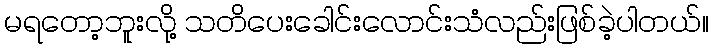
မရတော့ဘူးလို့ သတိပေးခေါင်းလောင်းသံလည်းဖြစ်ခဲ့ပါတယ်။